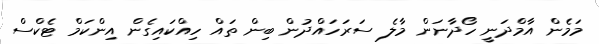
މަމެން އާމްދަނީ ހޯދާނަން މާލެ ސަރަހައްދުން ބިން ތައް ހިއްކައިގެން އިންކަމް ޓެކްސް